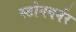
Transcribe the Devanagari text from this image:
स्टोनबर्नर